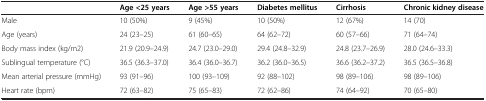
|  | Age <25 years | Age >55 years | Diabetes mellitus | Cirrhosis | Chronic kidney disease |
 | --- | --- | --- | --- | --- | --- |
 | Male | 10 (50%) | 9 (45%) | 10 (50%) | 12 (67%) | 14 (70) |
 | Age (years) | 24 (23–25) | 61 (60–65) | 64 (62–72) | 60 (57–66) | 71 (64–74) |
 | Body mass index (kg/m2) | 21.9 (20.9–24.9) | 24.7 (23.0–29.0) | 29.4 (24.8–32.9) | 24.8 (23.7–26.9) | 28.0 (24.6–33.3) |
 | Sublingual temperature (°C) | 36.5 (36.3–37.0) | 36.4 (36.0–36.7) | 36.2 (36.0–36.5) | 36.6 (36.2–37.2) | 36.5 (36.5–36.8) |
 | Mean arterial pressure (mmHg) | 93 (91–96) | 100 (93–109) | 92 (88–102) | 98 (89–106) | 98 (89–106) |
 | Heart rate (bpm) | 72 (63–82) | 75 (65–83) | 72 (62–86) | 74 (64–92) | 70 (65–80) |